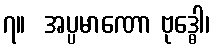
၇။  အပ္ပမာဏော ဗုဒ္ဓေါ၊